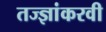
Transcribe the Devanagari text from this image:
तज्ज्ञांकरवी